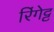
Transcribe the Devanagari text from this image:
रिंगेट्ट